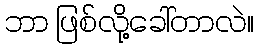
ဘာ ဖြစ်လို့ခေါ်တာလဲ။